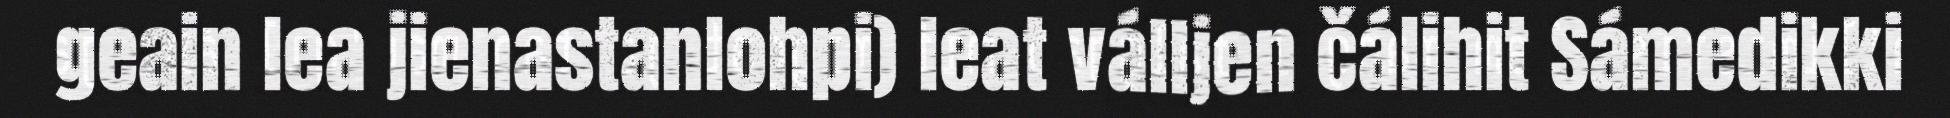
geain lea jienastanlohpi) leat válljen čálihit Sámedikki